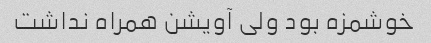
خوشمزه بود ولی آویشن همراه نداشت